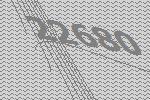
22680